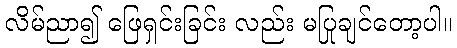
လိမ်ညာ၍ ဖြေရှင်းခြင်း လည်း မပြုချင်တော့ပါ။